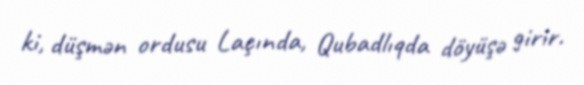
ki, düşmən ordusu Laçında, Qubadlıqda döyüşə girir.